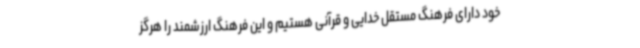
خود دارای فرهنگ مستقل خدایی و قرآنی هستیم و این فرهنگ ارزشمند را هرگز